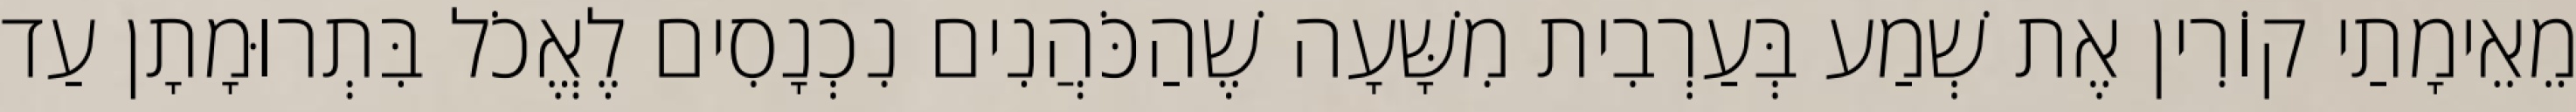
מֵאֵימָתַי קוֹרִין אֶת שְׁמַע בְּעַרְבִית מִשָּׁעָה שֶׁהַכֹּהֲנִים נִכְנָסִים לֶאֱכֹל בִּתְרוּמָתָן עַד